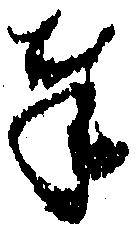
奉